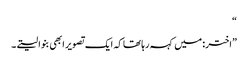
“
”اختر: میں کہہ رہا تھا کہ ایک تصویر ابھی بنوا لیتے۔